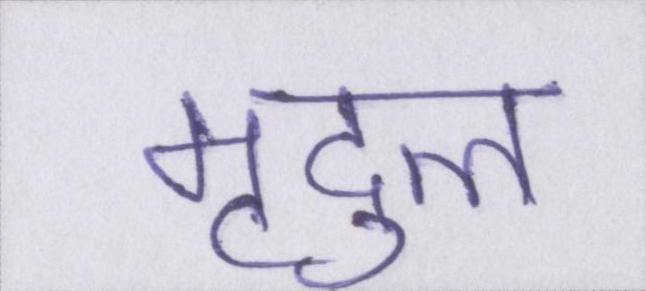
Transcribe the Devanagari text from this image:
मृदुल